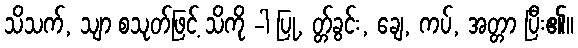
သိသက်, သျာ စသုတ်ဖြင့် သိကို -ါ ပြု, တ္တ်ခွင်း, ချေ, ကပ်, အတ္တာ ပြီး၏။